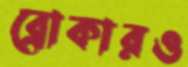
ব্রোকারও